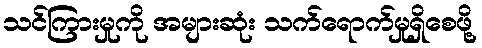
သင်ကြားမှုကို အများဆုံး သက်ရောက်မှုရှိစေဖို့